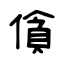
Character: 僋